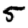
Digit: 5